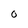
Character: O